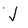
Character: J